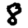
Digit: 8